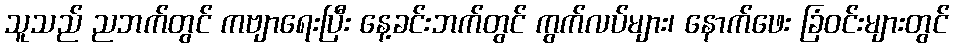
သူသည် ညဘက်တွင် ကဗျာရေးပြီး နေ့ခင်းဘက်တွင် ကွက်လပ်များ၊ နောက်ဖေး ခြံဝင်းများတွင်